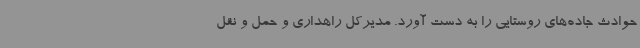
حوادث جاده‌های روستایی را به دست آورد. مدیرکل راهداری و حمل و نقل